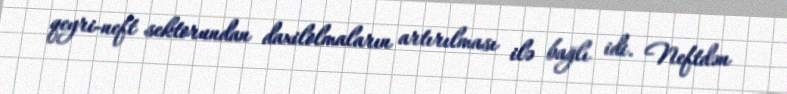
qeyri-neft sektorundan daxilolmaların artırılması ilə bağlı idi. Neftdən